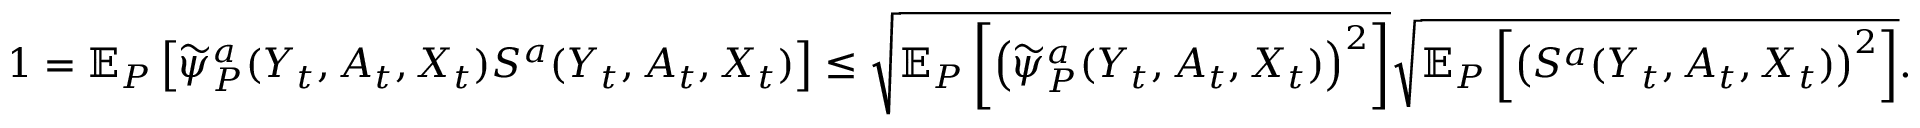
\begin{array} { r l } & { 1 = \mathbb { E } _ { P } \left[ \widetilde { \psi } _ { P } ^ { a } ( Y _ { t } , A _ { t } , X _ { t } ) S ^ { a } ( Y _ { t } , A _ { t } , X _ { t } ) \right] \leq \sqrt { \mathbb { E } _ { P } \left[ \left( \widetilde { \psi } _ { P } ^ { a } ( Y _ { t } , A _ { t } , X _ { t } ) \right) ^ { 2 } \right] } \sqrt { \mathbb { E } _ { P } \left[ \left( S ^ { a } ( Y _ { t } , A _ { t } , X _ { t } ) \right) ^ { 2 } \right] } . } \end{array}